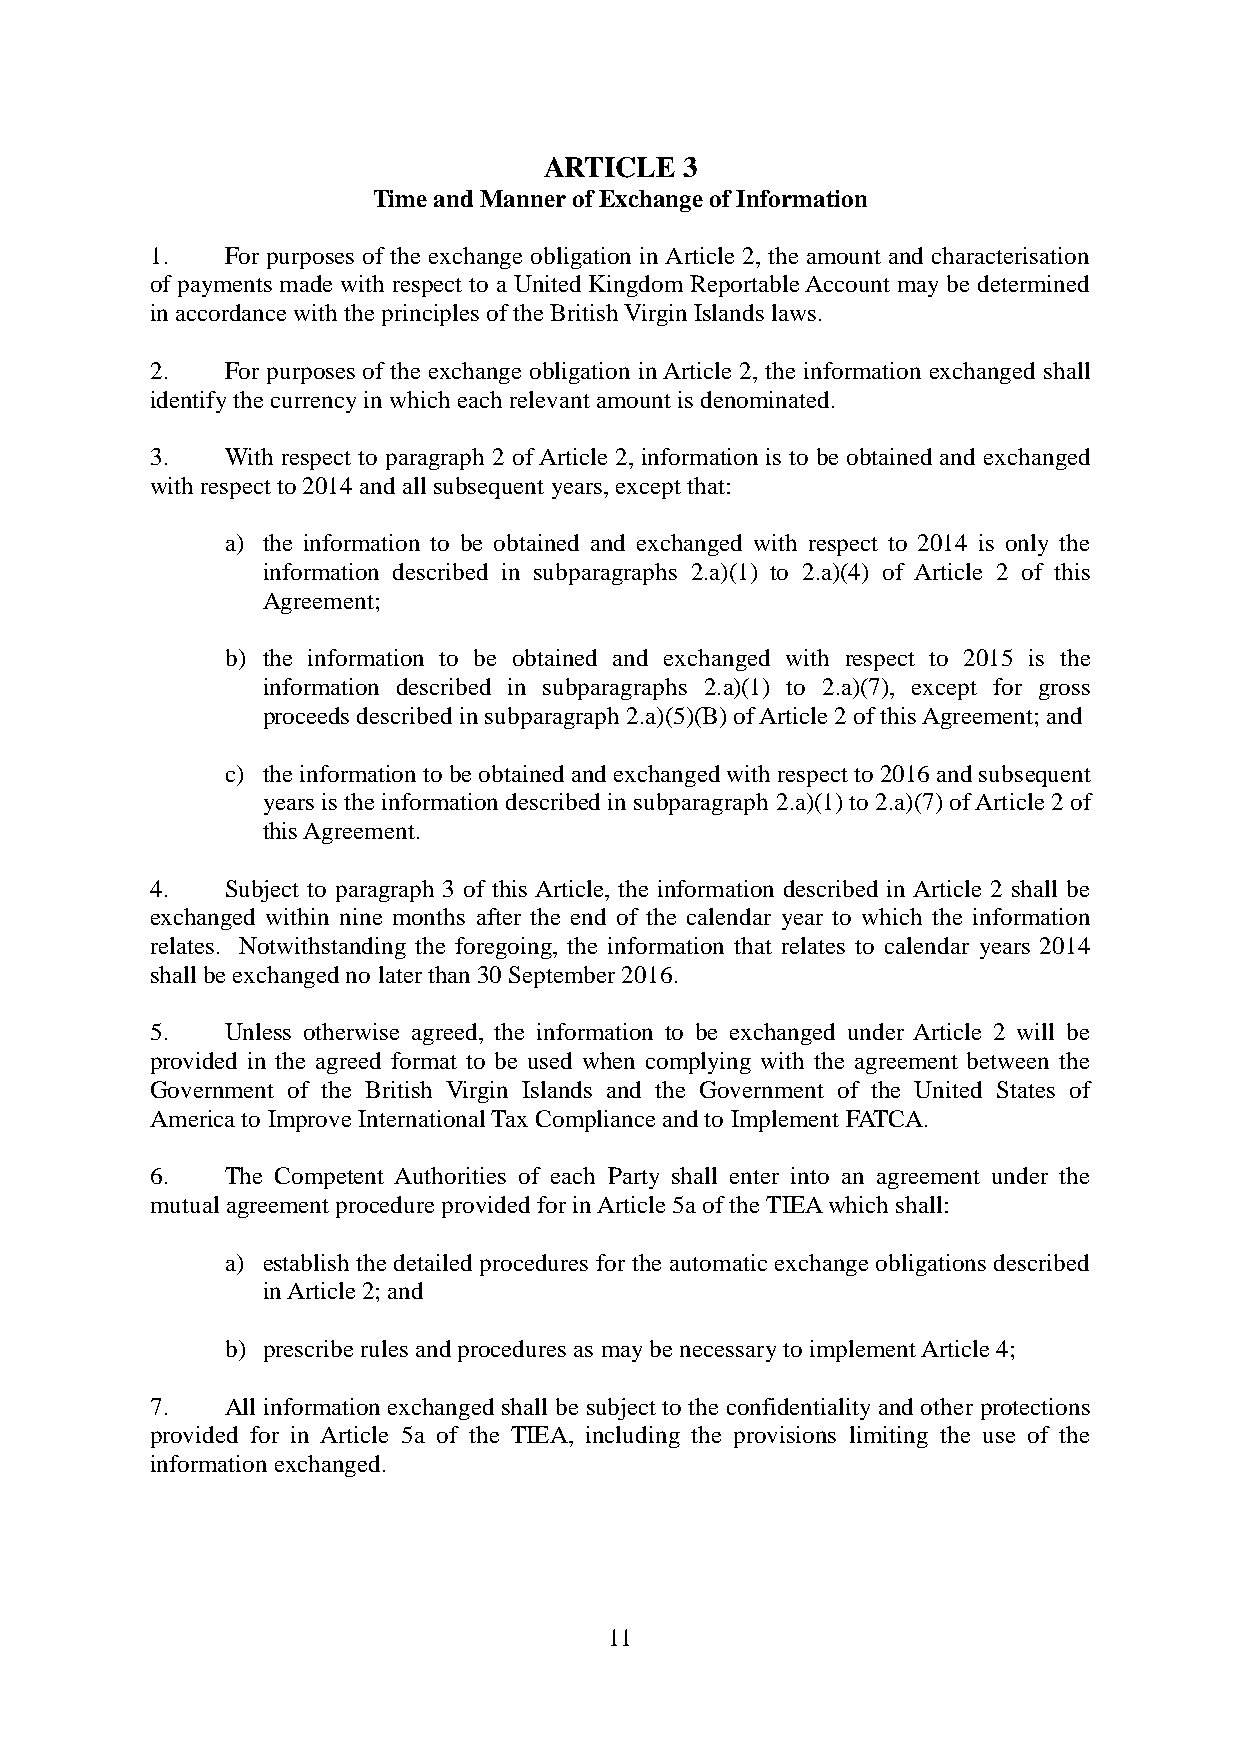
ARTICLE  3
 Time and Manner of Exchange of Information
 1.   For purposes of the exchange obligation in Article 2, the amount and characterisation
 of payments made with respect to a United Kingdom Reportable Account may be determined
 in accordance with the principles of the British Virgin Islands laws.
 2.   For purposes of the exchange obligation in Article 2, the information exchanged shall
 identify the currency in which each relevant amount is denominated.
 3.   With respect to paragraph 2 of Article 2, information is to be obtained and exchanged
 with respect to 2014 and all subsequent years, except that:
 a) the information to be obtained and exchanged with respect to 2014 is only the
 information described in subparagraphs 2.a)(1) to 2.a)(4) of Article 2 of this
 Agreement;
 b) the information to be obtained and exchanged with respect to 2015 is the
 information described in subparagraphs 2.a)(1) to 2.a)(7), except for gross
 proceeds described in subparagraph 2.a)(5)(B) of Article 2 of this Agreement; and
 c) the information to be obtained and exchanged with respect to 2016 and subsequent
 years is the information described in subparagraph 2.a)(1) to 2.a)(7) of Article 2 of
 this Agreement.
 4.   Subject to paragraph 3 of this Article, the information described in Article 2 shall be
 exchanged within nine months after the end of the calendar year to which the information
 relates. Notwithstanding the foregoing, the information that relates to calendar years 2014
 shall be exchanged no later than 30 September 2016.
 5.   Unless otherwise agreed, the information to be exchanged under Article 2 will be
 provided in the agreed format to be used when complying with the agreement between the
 Government of the British Virgin Islands and the Government of the United States of
 America to Improve International Tax Compliance and to Implement FATCA.
 6.   The Competent Authorities of each Party shall enter into an agreement under the
 mutual agreement procedure provided for in Article 5a of the TIEA which shall:
 a) establish the detailed procedures for the automatic exchange obligations described
 in Article 2; and
 b) prescribe rules and procedures as may be necessary to implement Article 4;
 7.   All information exchanged shall be subject to the confidentiality and other protections
 provided for in Article 5a of the TIEA, including the provisions limiting the use of the
 information exchanged.
 11